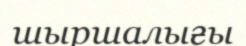
шыршалығы